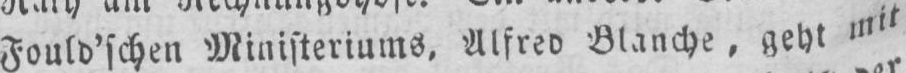
Fould’schen Ministeriums, Alfred Blanche, geht mit